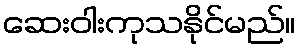
ဆေးဝါးကုသနိုင်မည်။